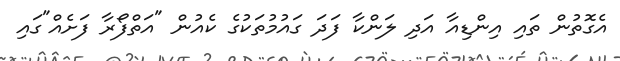
އެގޮތުން ތައި އިންޑިއާ އަދި ލަންކާ ފަދަ ގައުމުތަކުގެ ކެއުން "އަތްފޯރާ ފަށެއް"ގައި